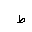
Letter: _da